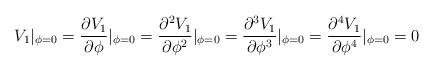
LaTeX: \begin{align*}V_1|_{\phi=0}=\frac{\partial V_1}{\partial \phi}|_{\phi=0}=\frac{\partial^2 V_1}{\partial \phi^2}|_{\phi=0}=\frac{\partial^3 V_1}{\partial \phi^3}|_{\phi=0}=\frac{\partial^4 V_1}{\partial \phi^4}|_{\phi=0}=0\end{align*}